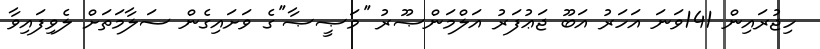
ހިޖުރައިން 141ވަނަ އަހަރު އަބޫ ޖަޢުފަރު އަލްމަންޞޫރު ''މަޞީޞާ''ގެ ވަށައިގެން ސަލާމަތަށް ލެވިފައިވާ